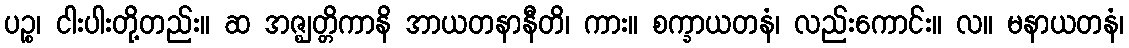
ပဉ္စ၊ ငါးပါးတို့တည်း။ ဆ အဇ္ဈတ္တိကာနိ အာယတနာနီတိ၊ ကား။ စက္ခာယတနံ၊ လည်းကောင်း။ လ။ မနာယတနံ၊